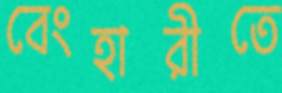
বেংহারীতে